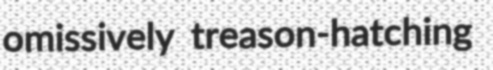
omissively treason-hatching